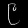
Digit: ၉